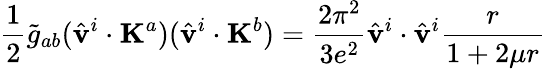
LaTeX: \frac{1}{2}\tilde{g}_{ab}(\hat{\mathbf v}^{i}\cdot{\mathbf K}^{a})(\hat{\mathbf v}^{i}\cdot{\mathbf K}^{b})=\frac{2\pi^{2}}{3e^{2}}\hat{\mathbf v}^{i}\cdot\hat{\mathbf v}^{i}\frac{r}{1+2\mu r}